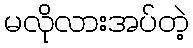
မလိုလားအပ်တဲ့